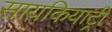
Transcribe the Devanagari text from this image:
सायकियाट्री